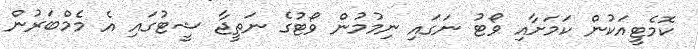
ކޮމެޓީއަކުން ކަމަށާއި ވޯޓު ނަގައި ނިމުމުން ވޯޓުގެ ނަތީޖާ ޝީޓުގައި އެ މެމްބަރުން